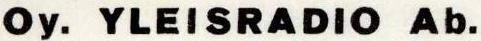
Oy. YLEISRADIO Ab.